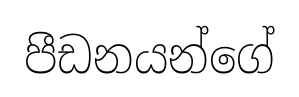
පීඩනයන්ගේ